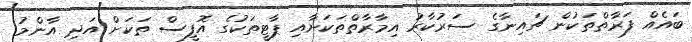
ބައެއް ފަރާތްތަކުން ޗައިނާގެ ސަރުކާރު އިމާރާތްތަކަށާއި ޕާޓީތަކުގެ އޮފީސް ތަކަށް އަދި އާންމު